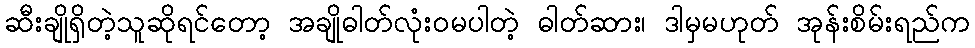
ဆီးချိုရှိတဲ့သူဆိုရင်တော့ အချိုဓါတ်လုံးဝမပါတဲ့ ဓါတ်ဆား၊ ဒါမှမဟုတ် အုန်းစိမ်းရည်က